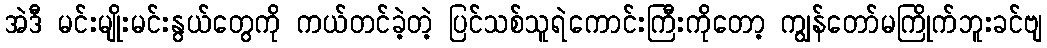
အဲဒီ မင်းမျိုးမင်းနွယ်တွေကို ကယ်တင်ခဲ့တဲ့ ပြင်သစ်သူရဲကောင်းကြီးကိုတော့ ကျွန်တော်မကြိုက်ဘူးခင်ဗျ